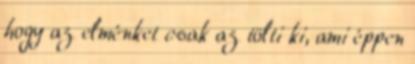
hogy az elménket csak az tölti ki, ami éppen